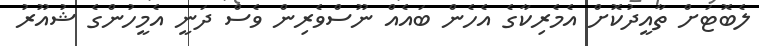
ލެބޮޓަށް ތާއީދުކޮށް އެމެރިކާގެ އެހެން ބައެއް ނޫސްވެރިން ވެސް ދަނީ އެމީހުންގެ ޝުއޫރު